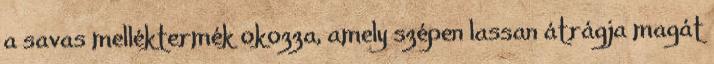
a savas melléktermék okozza, amely szépen lassan átrágja magát